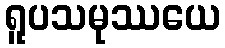
ရူပသမုဿယေ